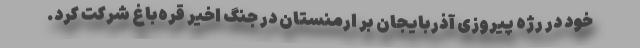
خود در رژه پیروزی آذربایجان بر ارمنستان در جنگ اخیر قره‌باغ شرکت کرد.